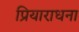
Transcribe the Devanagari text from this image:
प्रियाराधना